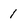
Character: 1